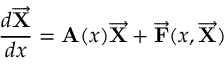
\frac { d \overrightarrow { { \bf X } } } { d x } = { \bf A } ( x ) \overrightarrow { { \bf X } } + \overrightarrow { { \bf F } } ( x , \overrightarrow { { \bf X } } )